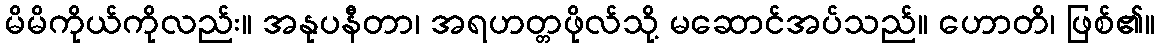
မိမိကိုယ်ကိုလည်း။ အနုပနီတာ၊ အရဟတ္တဖိုလ်သို့ မဆောင်အပ်သည်။ ဟောတိ၊ ဖြစ်၏။